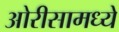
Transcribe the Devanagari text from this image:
ओरीसामध्ये